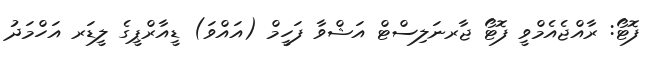
ފޮޓޯ: ރާއްޖެއެމްވީ ފޮޓޯ ޖާރނަލިސްޓް އަޝްވާ ފަހީމް (އައްވަ) ޑީއާރްޕީގެ ލީޑަރ އަހްމަދު